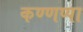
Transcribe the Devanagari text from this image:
कण्णप्पा